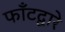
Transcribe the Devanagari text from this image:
फाँटद्वारे